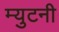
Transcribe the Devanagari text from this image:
म्युटनी